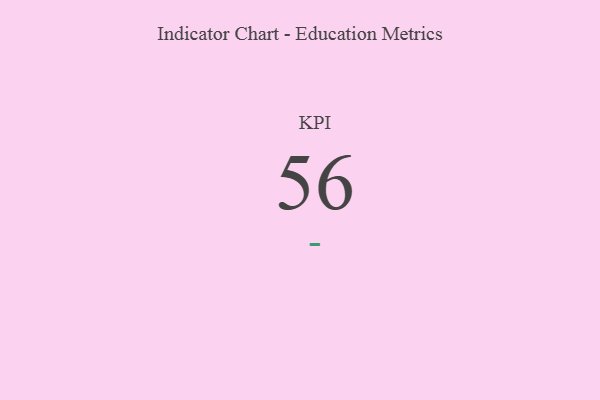
{"axis": {"x": "KPI", "y": "Value"}, "legend": [""], "data": [{"x": "KPI", "y": 56, "type": ""}]}